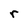
Character: r